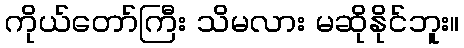
ကိုယ်တော်ကြီး သိမလား မဆိုနိုင်ဘူး။